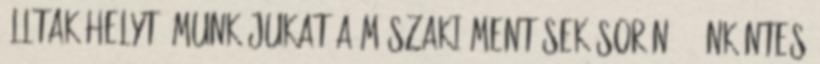
álltak helyt. Munkájukat a műszaki mentések során 10 önkéntes